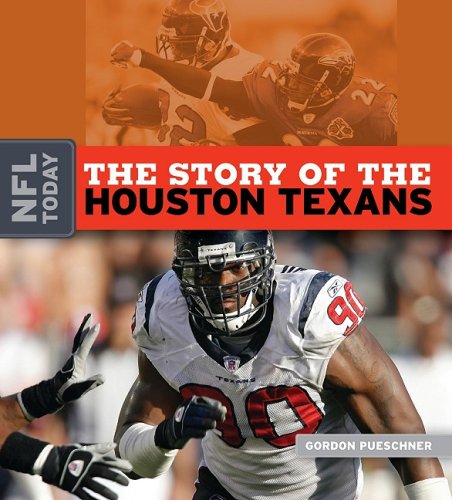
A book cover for The Story of the Houston Texans (NFL Today); Gordon Pueschner; Teen & Young Adult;